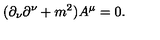
( \partial _ { \nu } \partial ^ { \nu } + m ^ { 2 } ) A ^ { \mu } = 0 .